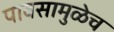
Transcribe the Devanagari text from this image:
पावसामुळेच